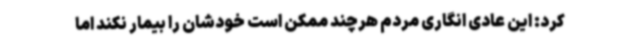
کرد: این عادی انگاری مردم هرچند ممکن است خودشان را بیمار نکند اما